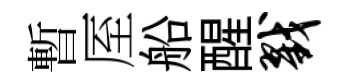
暫厔船醒戮